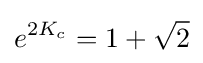
e^{2K_{c}}=1+{\sqrt {2}}